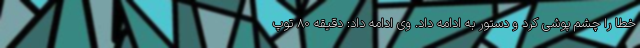
خطا را چشم پوشی کرد و دستور به ادامه داد. وی ادامه داد: دقیقه 80 توپ